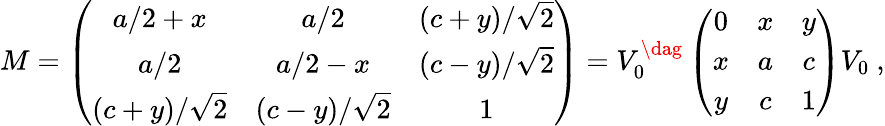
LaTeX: M=\left(\begin{array}{ccc}{{a/2+x}}&{{a/2}}&{{(c+y)/\sqrt{2}}}\\ {{a/2}}&{{a/2-x}}&{{(c-y)/\sqrt{2}}}\\ {{(c+y)/\sqrt{2}}}&{{(c-y)/\sqrt{2}}}&{{1}}\end{array}\right)=V_{0}^{\dag}\left(\begin{array}{ccc}{{0}}&{{x}}&{{y}}\\ {{x}}&{{a}}&{{c}}\\ {{y}}&{{c}}&{{1}}\end{array}\right)V_{0}\ ,